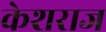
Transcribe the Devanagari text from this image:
केशराज